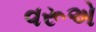
વરૂએ